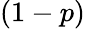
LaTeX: \left(1-p\right)